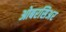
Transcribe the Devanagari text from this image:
ओबरसिअर